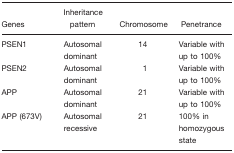
| Genes | Inheritance pattern | Chromosome | Penetrance |
 | --- | --- | --- | --- |
 | PSEN1 | Autosomal dominant | 14 | Variable with up to 100% |
 | PSEN2 | Autosomal dominant | 1 | Variable with up to 100% |
 | APP | Autosomal dominant | 21 | Variable with up to 100% |
 | APP (673V) | Autosomal recessive | 21 | 100% in homozygous state |